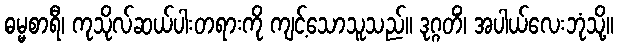
ဓမ္မစာရီ၊ ကုသိုလ်ဆယ်ပါးတရားကို ကျင့်သောသူသည်။ ဒုဂ္ဂတိံ၊ အပါယ်လေးဘုံသို့။